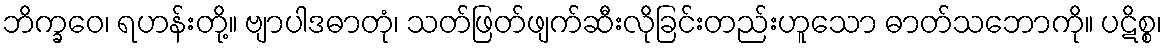
ဘိက္ခဝေ၊ ရဟန်းတို့။ ဗျာပါဒဓာတုံ၊ သတ်ဖြတ်ဖျက်ဆီးလိုခြင်းတည်းဟူသော ဓာတ်သဘောကို။ ပဋိစ္စ၊